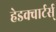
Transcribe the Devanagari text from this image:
हेडक्वार्टर्स्